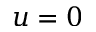
u = 0